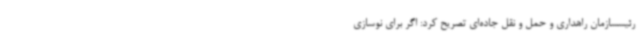
رئیسسازمان راهداری و حمل و نقل جاده‌ای تصریح کرد: اگر برای نوسازی